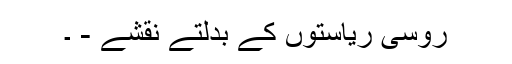
روسی ریاستوں کے بدلتے نقشے - ۔